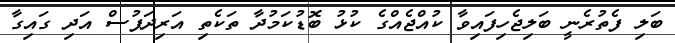
ބަލި ފެތުރެނީ ބަލިޖެހިފައިވާ ކުއްޖެއްގެ ކުޅު ބޮޑުކަމުދާ ތަކެތި އަރިދަފުސް އަދި ގައިގާ